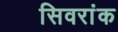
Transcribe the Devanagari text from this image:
सिवरांक